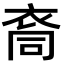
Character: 𮕺